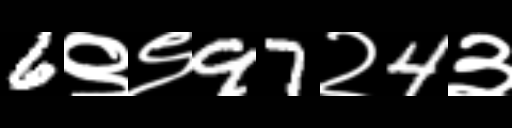
Text: 6९९97२4३